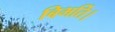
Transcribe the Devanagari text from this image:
बिभर्ति।